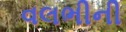
વલભીની